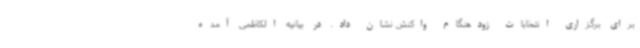
برای برگزاری انتخابات زودهنگام واکنش نشان داد. در بیانیه الکاظمی آمده